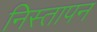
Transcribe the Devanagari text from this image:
निस्तापन